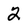
Character: 2